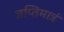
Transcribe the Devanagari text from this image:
ज्ञप्तिमात्रं